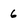
Character: 6